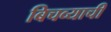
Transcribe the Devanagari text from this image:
बिचव्याची